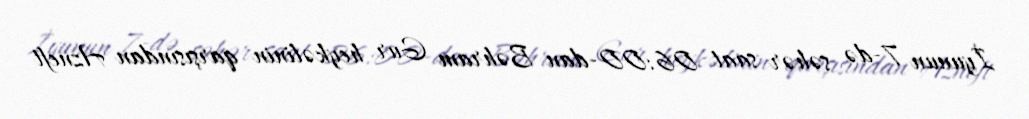
İyunun 7-də səhər saat 06:00-dan Bəhram Gur heykəlinin qarşısından Azneft